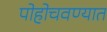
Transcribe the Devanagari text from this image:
पोहोचवण्यात